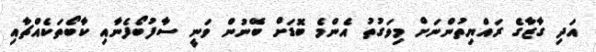
އަދި ގާޒާގެ ރައްޔިތުންނަށް މިވަގުތު އެންމެ ބޮޑަށް ބޭނުން ވަނީ ސާފުބޯފެނާއި ކާބޯތަކެއްޗާއި